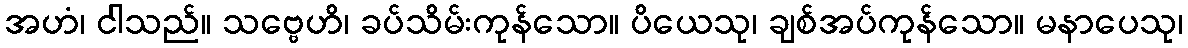
အဟံ၊ ငါသည်။ သဗ္ဗေဟိ၊ ခပ်သိမ်းကုန်သော။ ပိယေသု၊ ချစ်အပ်ကုန်သော။ မနာပေသု၊